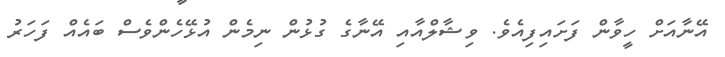
އޭނާއަށް ހީވާން ފަށައިފިއެވެ. ވިޝާލްއާއި އޭނާގެ ގުޅުން ނިމެން އުޅޭހެންވެސް ބައެއް ފަހަރު